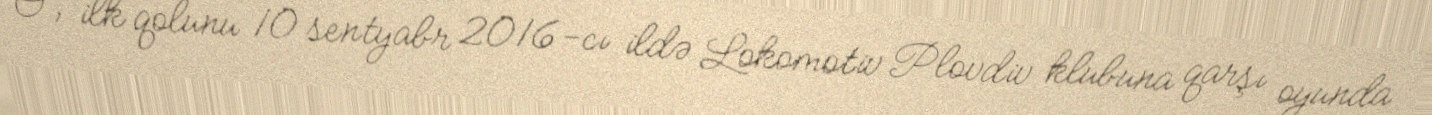
O, ilk qolunu 10 sentyabr 2016-cı ildə Lokomotiv Plovdiv klubuna qarşı oyunda